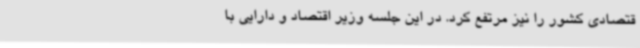
قتصادی کشور را نیز مرتفع کرد. در این جلسه وزیر اقتصاد و دارایی با